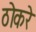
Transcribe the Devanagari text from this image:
ठोकरे